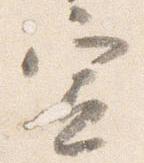
宣